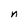
Character: n